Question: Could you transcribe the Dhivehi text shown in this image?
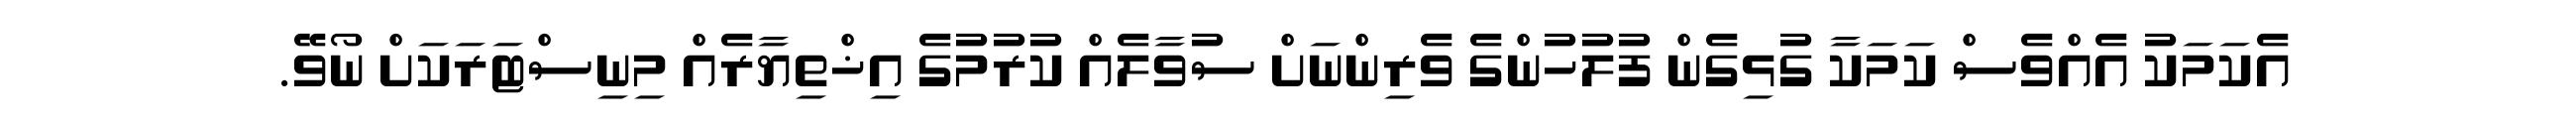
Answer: އެކަމަކު އެއްވެސް ކަމަކާ ގުޅިގެން ފުލުހުންގެ ވެރިންނަށް ސުވާލެއް ކުރުމުގެ އިޚްތިޔާރެއް މިނިސްޓަރަކަށް ނޯވޭ.